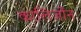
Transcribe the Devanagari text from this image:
कालिजोंन